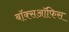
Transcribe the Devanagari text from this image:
बाॅक्सऑफिस